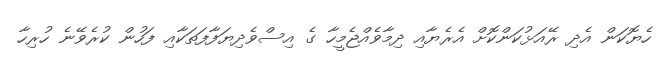
ހެޔޮކަން އެދި ރޭއަޅުކަންކޮށް އެރެޔާއި ދިމާވެއްޖެމީހާ ގެ އިސްވެދިޔަފާފަތަކާއި ފަހުން ކުރެވޭނެ ހުރިހާ